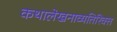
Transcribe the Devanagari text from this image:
कथालेखनाव्यतिरिक्त